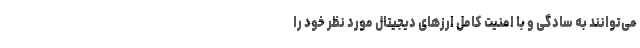
می‌توانند به سادگی و با امنیت کامل ارزهای دیجیتال مورد نظر خود را